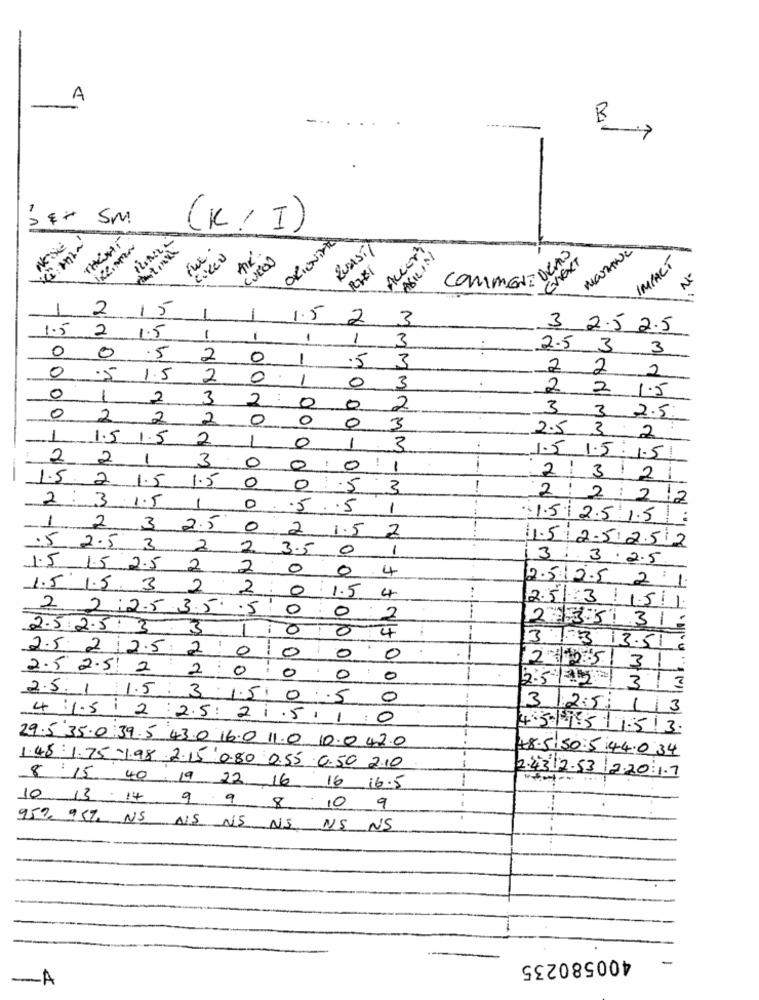
A
-
B
------
(K/I)
Neise
ORIENTATA
FUE.
RUASTY
Accorti
ASILIN
CNEXT
IMPACT
COMMENTDCTO
Nº
1
2
15
1.5
2
3
1.5
2
1.5
-
3 2.5 2.5
1
1
1
3
0
0
2.5 3
3
.5
2
0
1
5
3
0
2 2
2
.5
1.5
2
0
1
0
3
2
2 1.5
0
1
2
3
2
:
0
0
2
3
0
2
2
2
0
0
3
3 2.5.
0
1
1.5 1.5
2
1
0
2.5 3 2
1
3
--
2 2
1
0
!
1.5 1.5:1.51
3
0
0
1
1.5 2
1.5. 1.5
0
2/321
0
.5
3
2 2:22
2: 3 1.5
1
0
5 .5
1
1.5 2.5 1.5 :
1 2 3 25
0
2 1.5 2
1.5 2.5.2.512
.5 2.5 3 2.
2
3.5
0
1
13: 3.2.5
1.5 15 2.5 2 2
0
0
4
1.5 1.5. 3 2
2
0
1.5
2.5 2.5 2 1.
4
2 2:2.5 35 5
0
0
2.5 3 1.511
2
2.5 2.5 3 3
L
0
0
4
2351 31-
2.5 2 2.5 2 :0
3 .3 13.51
0
0
0
2.5 2.51 2 2:00
2305 31
. 0 0
1
2:5135 1
3/3
2.5. 1 1.5 . 3 . 1.51 0.5
0
325
13
4:1.512:25:21.5110
4.5-1985/1.513.
29.5.35.0 39.5 43.0 16.0 11.0 0.042.0
48.5.50.5.44.0 34
1.481.75 -1.98 2.15 0.80 0.55 .0.50 2.10
2.43 12.53 |2.20:1.7
8 15 40 19 22 16 16 16.5
10 13- 14 9 9 8.10 9
95% 957, NS AIS NS NS NS NS
400580235
-
-A